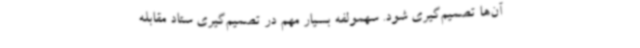
آن‌ها تصمیم‌گیری شود. سهمولفه بسیار مهم در تصمیم‌گیری ستاد مقابله